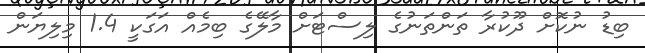
ބިޑު ނުކޮށް ދޫކުރާ ތަންތަނުގެ ލިސްޓަށް މާލޭގެ ބިމެއް އަގަކީ 1.4 މިލިޔަން